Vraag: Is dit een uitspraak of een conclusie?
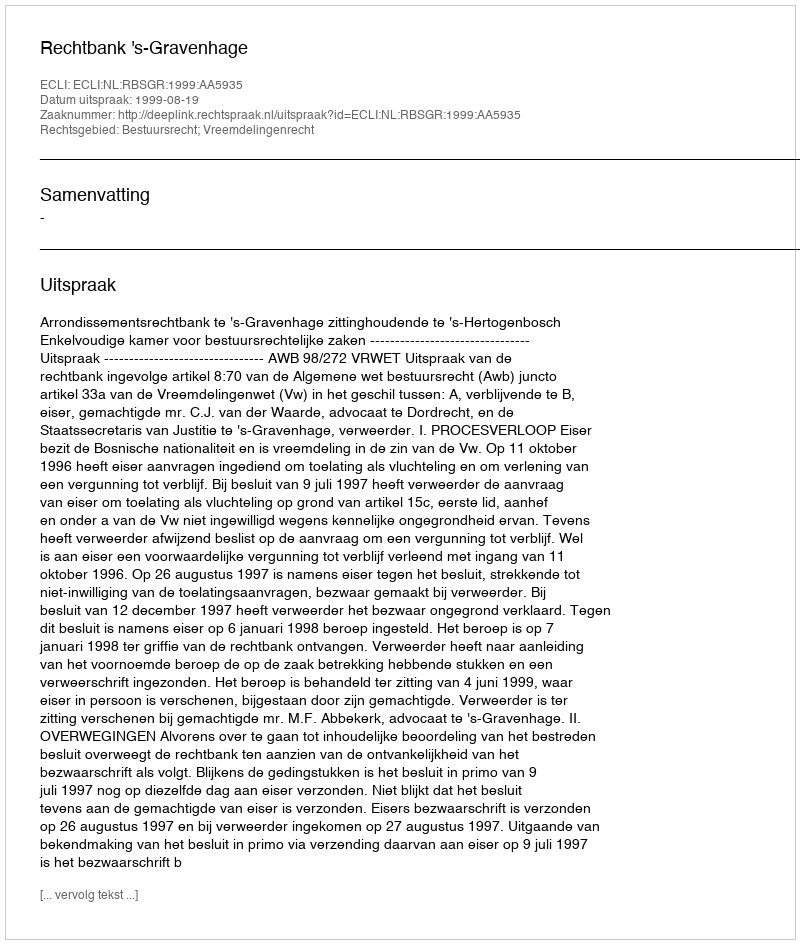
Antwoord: Uitspraak